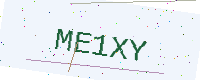
Text: ME1XY